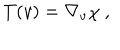
T ( v ) = \nabla _ { v } \chi ~ ,